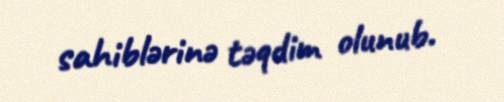
sahiblərinə təqdim olunub.